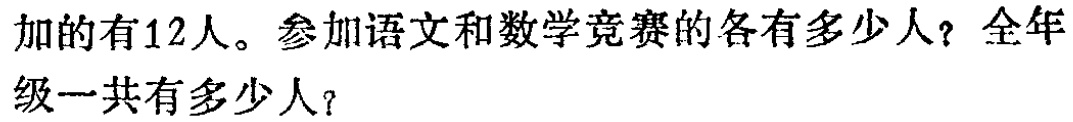
加的有12人。参加语文和数学竞赛的各有多少人？全年级一共有多少人？